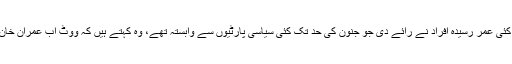
راقم کو کئی عمر رسیدہ افراد نے رائے دی جو جنون کی حد تک کئی سیاسی پارٹیوں سے وابستہ تھے، وہ کہتے ہیں کہ ووٹ اب عمران خان کا ہے۔